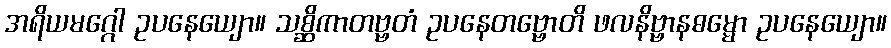
အရိယမဂ္ဂေါ ဥပနေယျော။ သစ္ဆိကာတဗ္ဗတံ ဥပနေတဗ္ဗောတိ ဖလနိဗ္ဗာနဓမ္မော ဥပနေယျော။